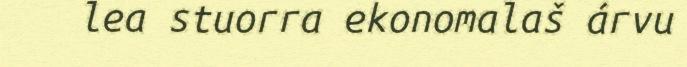
lea stuorra ekonomalaš árvu